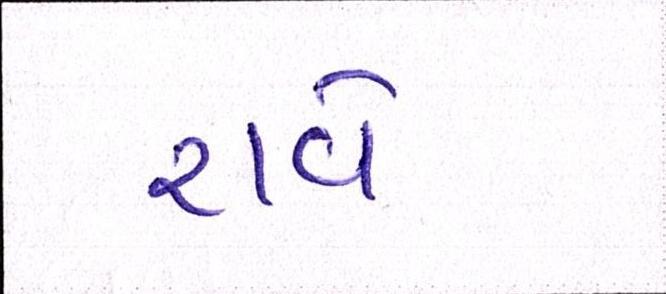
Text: રાવે